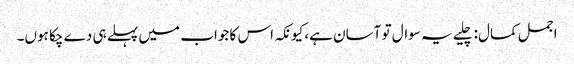
اجمل کمال:چلیے یہ سوال تو آسان ہے، کیونکہ اس کا جواب میں پہلے ہی دے چکا ہوں۔